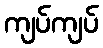
ကျပ်ကျပ်